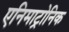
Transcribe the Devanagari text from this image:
एनिमाट्रोनिक